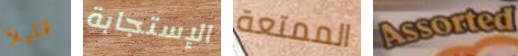
قليلآ الإستجابة الممتعة Assorted